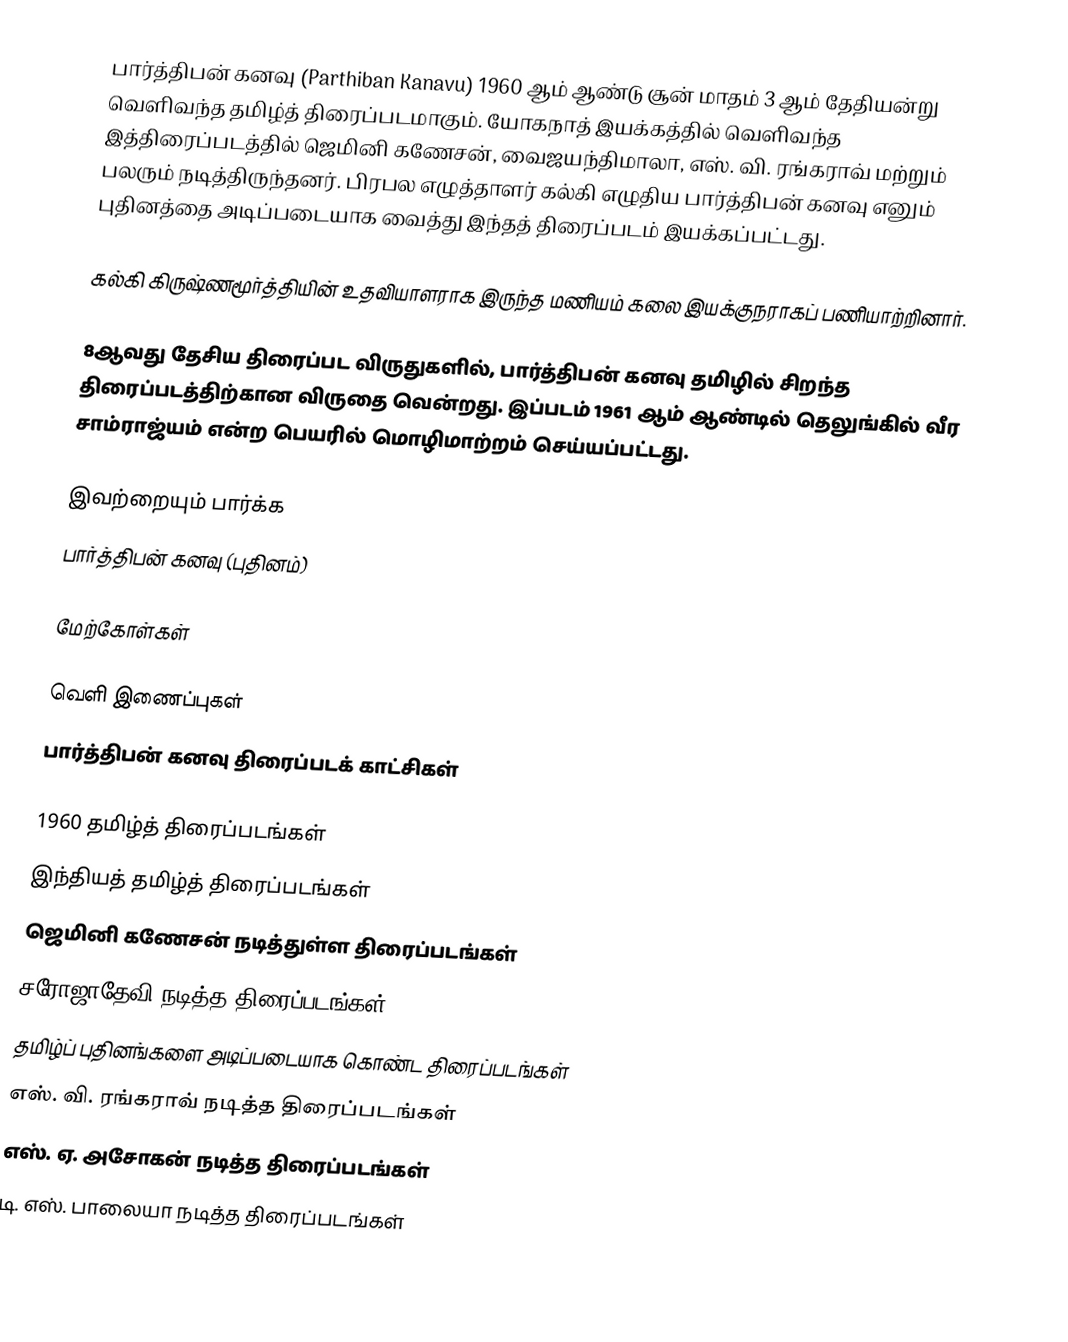
பார்த்திபன் கனவு (Parthiban Kanavu) 1960 ஆம் ஆண்டு சூன் மாதம் 3 ஆம் தேதியன்று வெளிவந்த தமிழ்த் திரைப்படமாகும். யோகநாத் இயக்கத்தில் வெளிவந்த இத்திரைப்படத்தில் ஜெமினி கணேசன், வைஜயந்திமாலா, எஸ். வி. ரங்கராவ் மற்றும் பலரும் நடித்திருந்தனர். பிரபல எழுத்தாளர் கல்கி எழுதிய பார்த்திபன் கனவு எனும் புதினத்தை அடிப்படையாக வைத்து இந்தத் திரைப்படம் இயக்கப்பட்டது.

கல்கி கிருஷ்ணமூர்த்தியின் உதவியாளராக இருந்த மணியம் கலை இயக்குநராகப் பணியாற்றினார்.

8ஆவது தேசிய திரைப்பட விருதுகளில், பார்த்திபன் கனவு தமிழில் சிறந்த திரைப்படத்திற்கான விருதை வென்றது. இப்படம் 1961 ஆம் ஆண்டில் தெலுங்கில் வீர சாம்ராஜ்யம் என்ற பெயரில் மொழிமாற்றம் செய்யப்பட்டது.

இவற்றையும் பார்க்க
 பார்த்திபன் கனவு (புதினம்)

மேற்கோள்கள்

வெளி இணைப்புகள்
 பார்த்திபன் கனவு திரைப்படக் காட்சிகள்

1960 தமிழ்த் திரைப்படங்கள்
இந்தியத் தமிழ்த் திரைப்படங்கள்
ஜெமினி கணேசன் நடித்துள்ள திரைப்படங்கள்
சரோஜாதேவி நடித்த திரைப்படங்கள்
தமிழ்ப் புதினங்களை அடிப்படையாக கொண்ட திரைப்படங்கள்
எஸ். வி. ரங்கராவ் நடித்த திரைப்படங்கள்
எஸ். ஏ. அசோகன் நடித்த திரைப்படங்கள்
டி. எஸ். பாலையா நடித்த திரைப்படங்கள்